Annual report on the working of the lock hospitals in the North-Western Provinces and Oudh
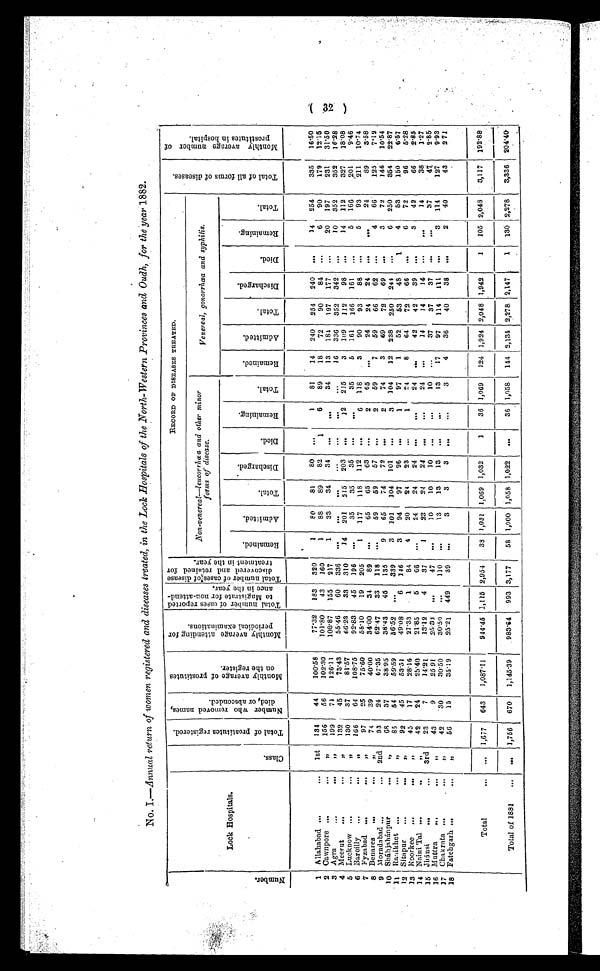
( 32 )
No. I.—Annual return of women registered and diseases treated, in the lock Hospitals of the North-Western Provinces and Oudh, for the year 1882.
N u m b e r .
Lock Hospitals.
C l a s s .
T o t a l o f p r o s t i t u t e s r e g i s t e r e d . N u m b e r w h o r e m o v e d n a m e s , d i e d , o r a b s c o n d e d .
M o n t h l y A v e r a g e o f p r o s t i t u t e s o n t h e r i g i s t e r .
M o n t h l y a v e r a g e a t t e n d i n g f o r p e r i o d i c a l e x a m i n a t i o n s .
T o t a l n u m b e r o f c a s e s r e p o r t e d t o M a g i s t r a t e f o r n o n - a t t e n d - a n c e i n t h e y e a r . T o t a l n u m b e r o f c a s e s o f d i s e a s e d i s c o v e r e d a n d r e t a i n e d f o r t r e a t m e n t i n t h e y e a r .
RECORD OF DISEASES TREATED.
T o t a l o f a l l f o r m s o f d i s e a s e s
M o n t h l y a v e r a g e n u m b e r o f p r o s t i t u t e s i n h o s p i t a l .
N o n - v e n e r a l — l e u c o r r h œ a a n d o t h e r m i n o r f o r m s o f d i s e a s e .
Venereal, gonorrhœa and syphilis.
R e m a i n e d .
A d m i t t e d .
T o t a l .
D i s c h a r g e d . Died. R e m a i n i n g .
T o t a l .
R e m a i n e d .
A d m i t t e d .
T o t a l.
D i s c h a r g e d
.
D i e d.
R e m a i n i n g
.
T o t a l .
1 Allahabad
. . .
. . . 1st 134 44 100.58
77.32 183 320
1 80 81 80
. . .
1 81 14 240 254 240
. . . 14 254
335 16.50
2 Cawnpore . . .
. . .
, , 156 56 102.30 101.80 43 160
1 88 89 82
1
6 89 18 72 90 84 ...
6 90
179 12.15
3 Agra
. . .
. . . ,, 199 71
126.11
108.87 155 217
1 33 34 34 ...
. . .
34 13 184 197 177 ...
20 197
231 31.50
4 Meerut
, , 132 45
73.43
55.46 60 336 ...
. . . . . .
. . .
. . . ... ...
16 336 352 342 ...
10 352
352 16.28
5 Lucknow ...
. . .
, , 130 37
81.57
66.23 33 310 14 201 215 203
. . .
12 215
3 109 112 98
. . . 14 112
327 18.08
6 Bareilly ...
. . . , , 166 64 108.75
92.83 45 196
. . .
35 35 35 ... ...
35
5 161 166 161
. . .
5 166
201
9.46
7 Fyzabad ...
...
, ,
97 25
75.60
58.10 19 205
1 117 118 112
. . .
6 118
3 90 93 88 ...
5 93
211 10.74
8 Benares ... ...
, , 74 39
40.00 34.00 34 89
. . .
65 65 63 ...
2 65 ...
24 24 24 ...
. . .
24
89 3.58
9 Moradabad ...
... 2nd 93 24
67.35
62.47 33 118
. . .
59 59 57
. . .
2 59
7 59 66 62 ...
4 66
125 7.12
10 Sháhjahánpur
... . . . ,,
68 37
38.95
38.43 45 135
9 65 74 72 ...
2 74
3 69 72 69 ...
3 72
146 10.54
11 Ranikhet ...
...
, , 85 54
59.59 56.52 ... 339
3 101 104 101 ...
3 104 12 238 250 244 ...
6 250
354 22.87
12 Sitapur ...
. . . ,,
92 45
53.51
49.08
6 146
3 94 97 96 . . .
1 97
1 52 53 48
1
4 53
150 6.57
13 Roorkee
. . .
. . . ,,
45 17
28.16
27.33
1 84
4 20 24 23 ...
1 24
8 64 72 66 ...
6 72
96 5.28
14 Naini Tal ...
. . .
, ,
42 24
25.40
21.85
5 66
. . .
24 24 24 ... ...
24 . . .
42 42 39 ...
3 42
66 2.85
15 Jhánsi ...
. . . 3rd 23
7
14.21
13.12
4 37
1 23 24 24
. . . . . .
24 ...
14 14 14
. . . ...
14
38 1.27
16 Muttra ...
. . . ,,
43
9
25 91
25 33 ...
47 ...
1 0 10 10
. . . ...
10 ...
37 37 37
. . . ... 37
47 2.85
17 Chakrata ...
. . .
, ,
42 30
30.50
30.50 ... 110 ...
13 13 13
. . .
. . .
13 17 97 114
1 1 1 ...
3 114
127 9.93
18 Fatehgarh ...
. . .
, ,
56 15
35.19
25.21 449 39 ...
3
3
3 ...
. . .
3
4 36 40 38 ...
2 40
43 271
Total
... . . . 1,677 643 1,087.11 944.45 1,115 2,954 38 1,031 1,069 1,032
1 36 1,069 124 1,924 2,048 1,942
1 105 2,048 3,117 192.88
Total of 1881 ... . . . 1,756 670 1,145.39 983.64 993 3,177 58 1,000
1 , 0 5 8 1,022
. . .
36 1,058 144 2,134 2,278 2,147
1 130 2,278 3,336 204.40